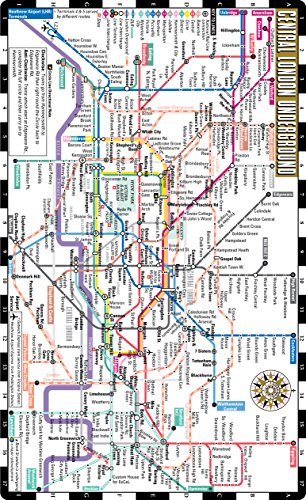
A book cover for Streetwise London Underground Map - The Tube - Laminated London Metro Map - Folding pocket size subway map for travel; Streetwise Maps Inc; Reference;